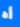
أه